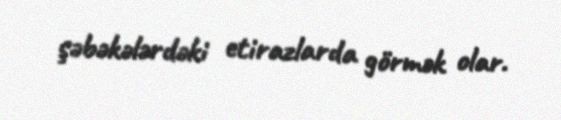
şəbəkələrdəki etirazlarda görmək olar.